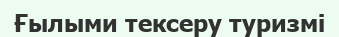
Ғылыми тексеру туризмі